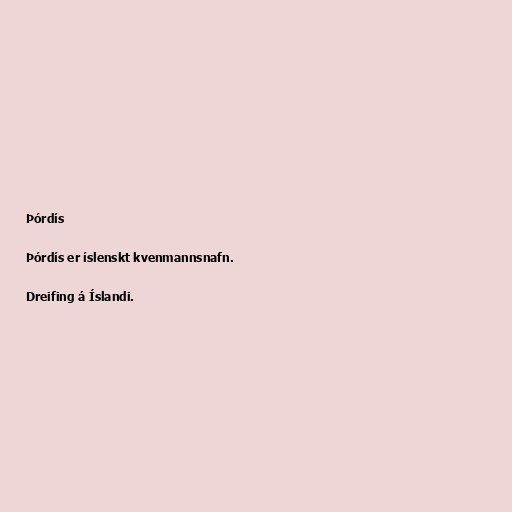
Þórdís

Þórdís er íslenskt kvenmannsnafn.

Dreifing á Íslandi.